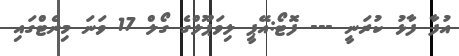
އުފާ ފާޅު ކުރަނީ --- ފޮޓޯ:އޭޕީ ލިވަޕޫލްގެ ގޯލް 17 ވަނަ މިނެޓްގައި